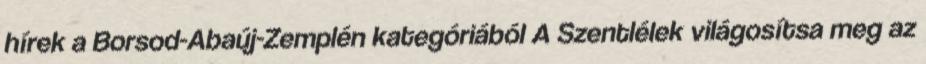
hírek a Borsod-Abaúj-Zemplén kategóriából A Szentlélek világosítsa meg az